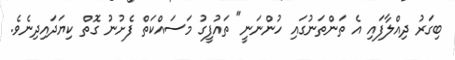
ބިގަރު ދިއްލާފައި އެ ތަންތަނުގައި ހުންނަނީ" ތައުފީގު މަސައްކަތް ފެށުނު ގޮތް ކިޔަދައިދިނެވެ.